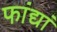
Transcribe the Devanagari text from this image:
फांद्यां